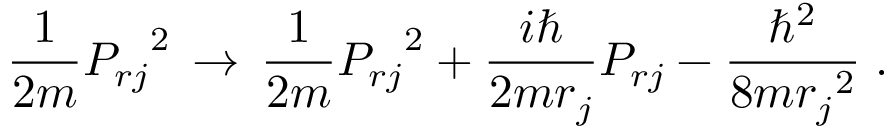
\frac { 1 } { 2 m } { P _ { r j } } ^ { 2 } \, \rightarrow \, \frac { 1 } { 2 m } { P _ { r j } } ^ { 2 } + \frac { i \hbar } { 2 m r _ { j } } P _ { r j } - \frac { \hbar ^ { 2 } } { 8 m { r _ { j } } ^ { 2 } } \; .